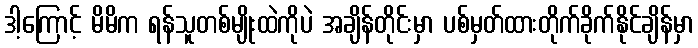
ဒါ့ကြောင့် မိမိက ရန်သူတစ်မျိုးထဲကိုပဲ အချိန်တိုင်းမှာ ပစ်မှတ်ထားတိုက်ခိုက်နိုင်ချိန်မှာ